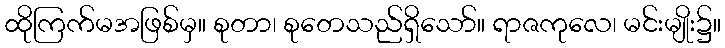
ထိုကြက်မအဖြစ်မှ။ စုတာ၊ စုတေသည်ရှိသော်။ ရာဇကုလေ၊ မင်းမျိုး၌။